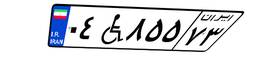
۰۴W۸۵۵۷۳